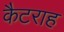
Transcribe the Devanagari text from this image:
कैटराह